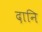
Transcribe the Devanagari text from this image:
दानि